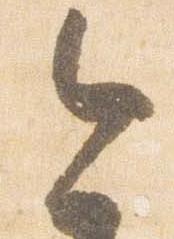
今